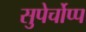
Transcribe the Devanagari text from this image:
सुपेर्चोप्प